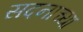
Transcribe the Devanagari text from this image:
सदनाच्या